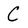
Character: C